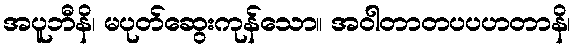
အပူဘီနိ၊ မပုတ်ဆွေးကုန်သော။ အဝါတာတပပဟတာနိ၊